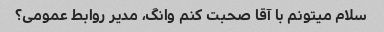
سلام میتونم با آقا صحبت کنم وانگ، مدیر روابط عمومی؟